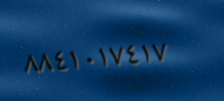
٨٨٤١٠١٧٤١٧